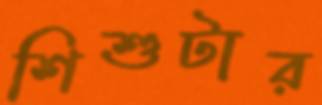
শিশুটার